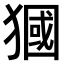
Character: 𤡓